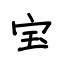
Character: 宝